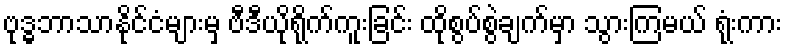
ဗုဒ္ဓဘာသာနိုင်ငံများမှ ဗီဒီယိုရိုက်ကူးခြင်း ထိုစွပ်စွဲချက်မှာ သွားကြမယ် ရုံးကား